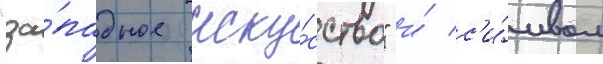
"за́падное иску́сство" и́ с'и́мвол